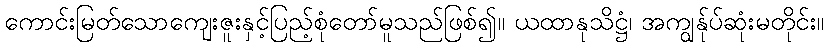
ကောင်းမြတ်သောကျေးဇူးနှင့်ပြည့်စုံတော်မူသည်ဖြစ်၍။ ယထာနုသိဋ္ဌံ၊ အကျွန်ုပ်ဆုံးမတိုင်း။